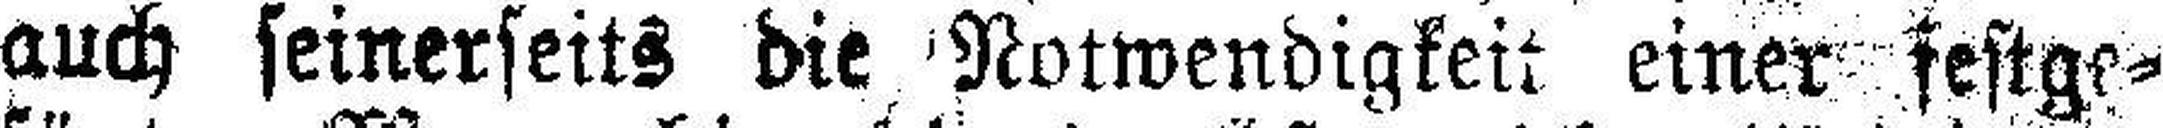
auch seinerseits die Notwendigkeit einer festge¬